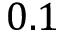
0 . 1